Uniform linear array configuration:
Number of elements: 48
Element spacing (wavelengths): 0.25
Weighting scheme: hann
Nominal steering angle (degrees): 30
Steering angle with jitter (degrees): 31.716
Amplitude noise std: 0.05
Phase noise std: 0.05

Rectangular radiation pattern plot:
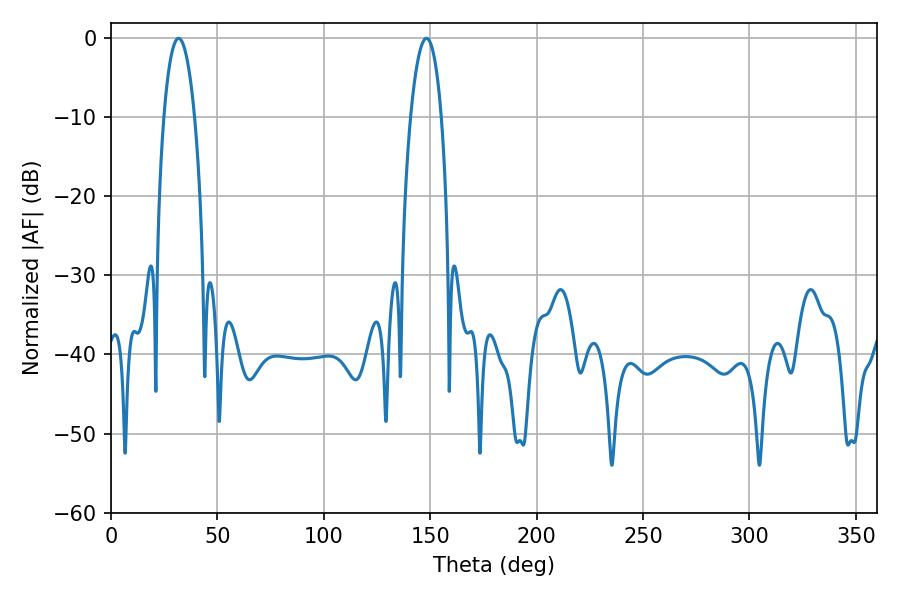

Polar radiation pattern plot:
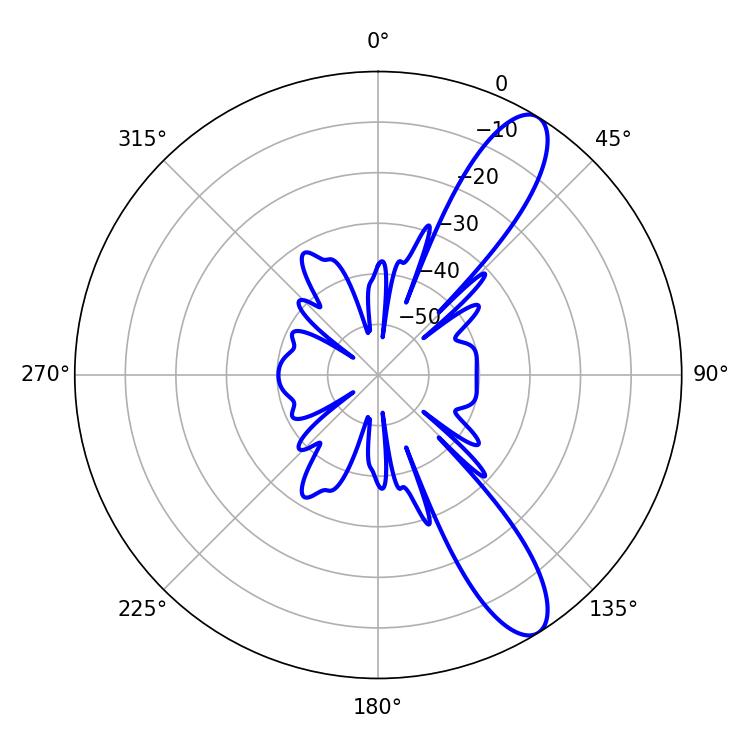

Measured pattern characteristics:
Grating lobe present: FALSE
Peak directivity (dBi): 11.008
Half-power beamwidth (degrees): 7.92
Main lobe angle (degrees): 31.68